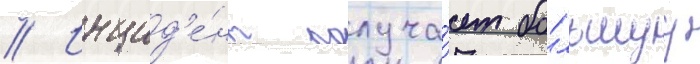
// Инцид'е́нт получа́ет бо́льшуу